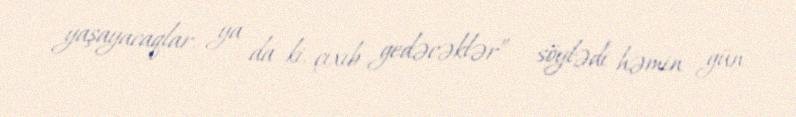
yaşayacaqlar, ya da ki, çıxıb gedəcəklər” - söylədi həmin gün.